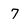
Character: 7